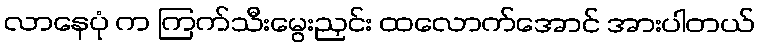
လာနေပုံ က ကြက်သီးမွေးညှင်း ထလောက်အောင် အားပါတယ်